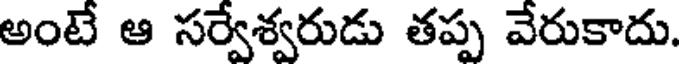
అంటే ఆ సర్వేశ్వరుడు తప్ప వేరుకాదు.